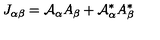
J _ { \alpha \beta } = { \cal { A } } _ { \alpha } A _ { \beta } + { \cal { A } } _ { \alpha } ^ { * } A _ { \beta } ^ { * }